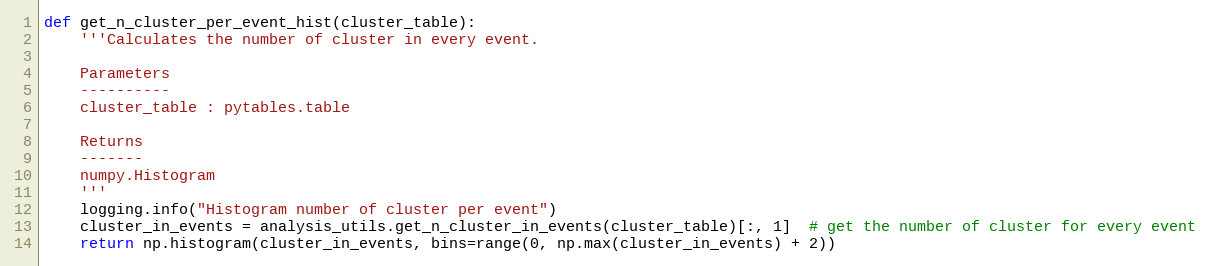
Language: Python
def get_n_cluster_per_event_hist(cluster_table):
    '''Calculates the number of cluster in every event.

    Parameters
    ----------
    cluster_table : pytables.table

    Returns
    -------
    numpy.Histogram
    '''
    logging.info("Histogram number of cluster per event")
    cluster_in_events = analysis_utils.get_n_cluster_in_events(cluster_table)[:, 1]  # get the number of cluster for every event
    return np.histogram(cluster_in_events, bins=range(0, np.max(cluster_in_events) + 2))